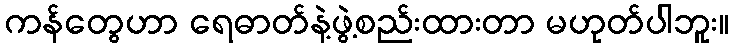
ကန်တွေဟာ ရေဓာတ်နဲ့ဖွဲ့စည်းထားတာ မဟုတ်ပါဘူး။